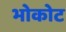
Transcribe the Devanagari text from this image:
भोकोट